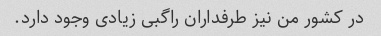
در کشور من نیز طرفداران راگبی زیادی وجود دارد.